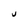
Character: U